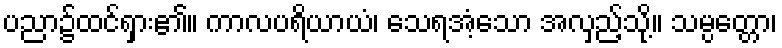
ပညာ၌ထင်ရှား၏။ ကာလပရိယာယံ၊ သေရအံ့သော အလှည့်သို့။ သမ္ပတ္တော၊